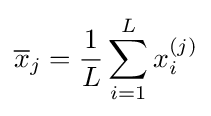
{\overline {x}}_{j}={\frac {1}{L}}\sum _{i=1}^{L}x_{i}^{(j)}